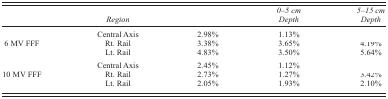
<table><thead><tr><td>[EMPTY_CELL]</td><td><b><i>Region</i></b></td><td>[EMPTY_CELL]</td><td><b><i>0–5 cm Depth</i></b></td><td><b><i>5–15 cm Depth</i></b></td></tr></thead><tbody><tr><td rowspan="3">6 MV FFF</td><td>Central Axis</td><td>2.98%</td><td>1.13%</td><td>[EMPTY_CELL]</td></tr><tr><td>Rt. Rail</td><td>3.38%</td><td>3.65%</td><td>4.19%</td></tr><tr><td>Lt. Rail</td><td>4.83%</td><td>3.50%</td><td>5.64%</td></tr><tr><td rowspan="3">10 MV FFF</td><td>Central Axis</td><td>2.45%</td><td>1.12%</td><td>[EMPTY_CELL]</td></tr><tr><td>Rt. Rail</td><td>2.73%</td><td>1.27%</td><td>3.42%</td></tr><tr><td>Lt. Rail</td><td>2.05%</td><td>1.93%</td><td>2.10%</td></tr></tbody></table>